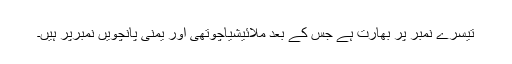
تیسرے نمبر پر بھارت ہے جس کے بعد ملائیشیاچوتھی اور یمنی پانچویں نمبرپر ہیں۔